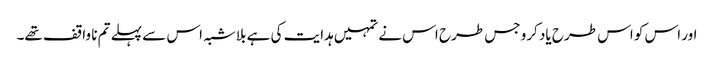
اور اس کو اس طرح یاد کرو جس طرح اس نے تمہیں ہدایت کی ہے بلاشبہ اس سے پہلے تم نا واقف تھے۔